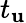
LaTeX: t_{\mathbf{u}}